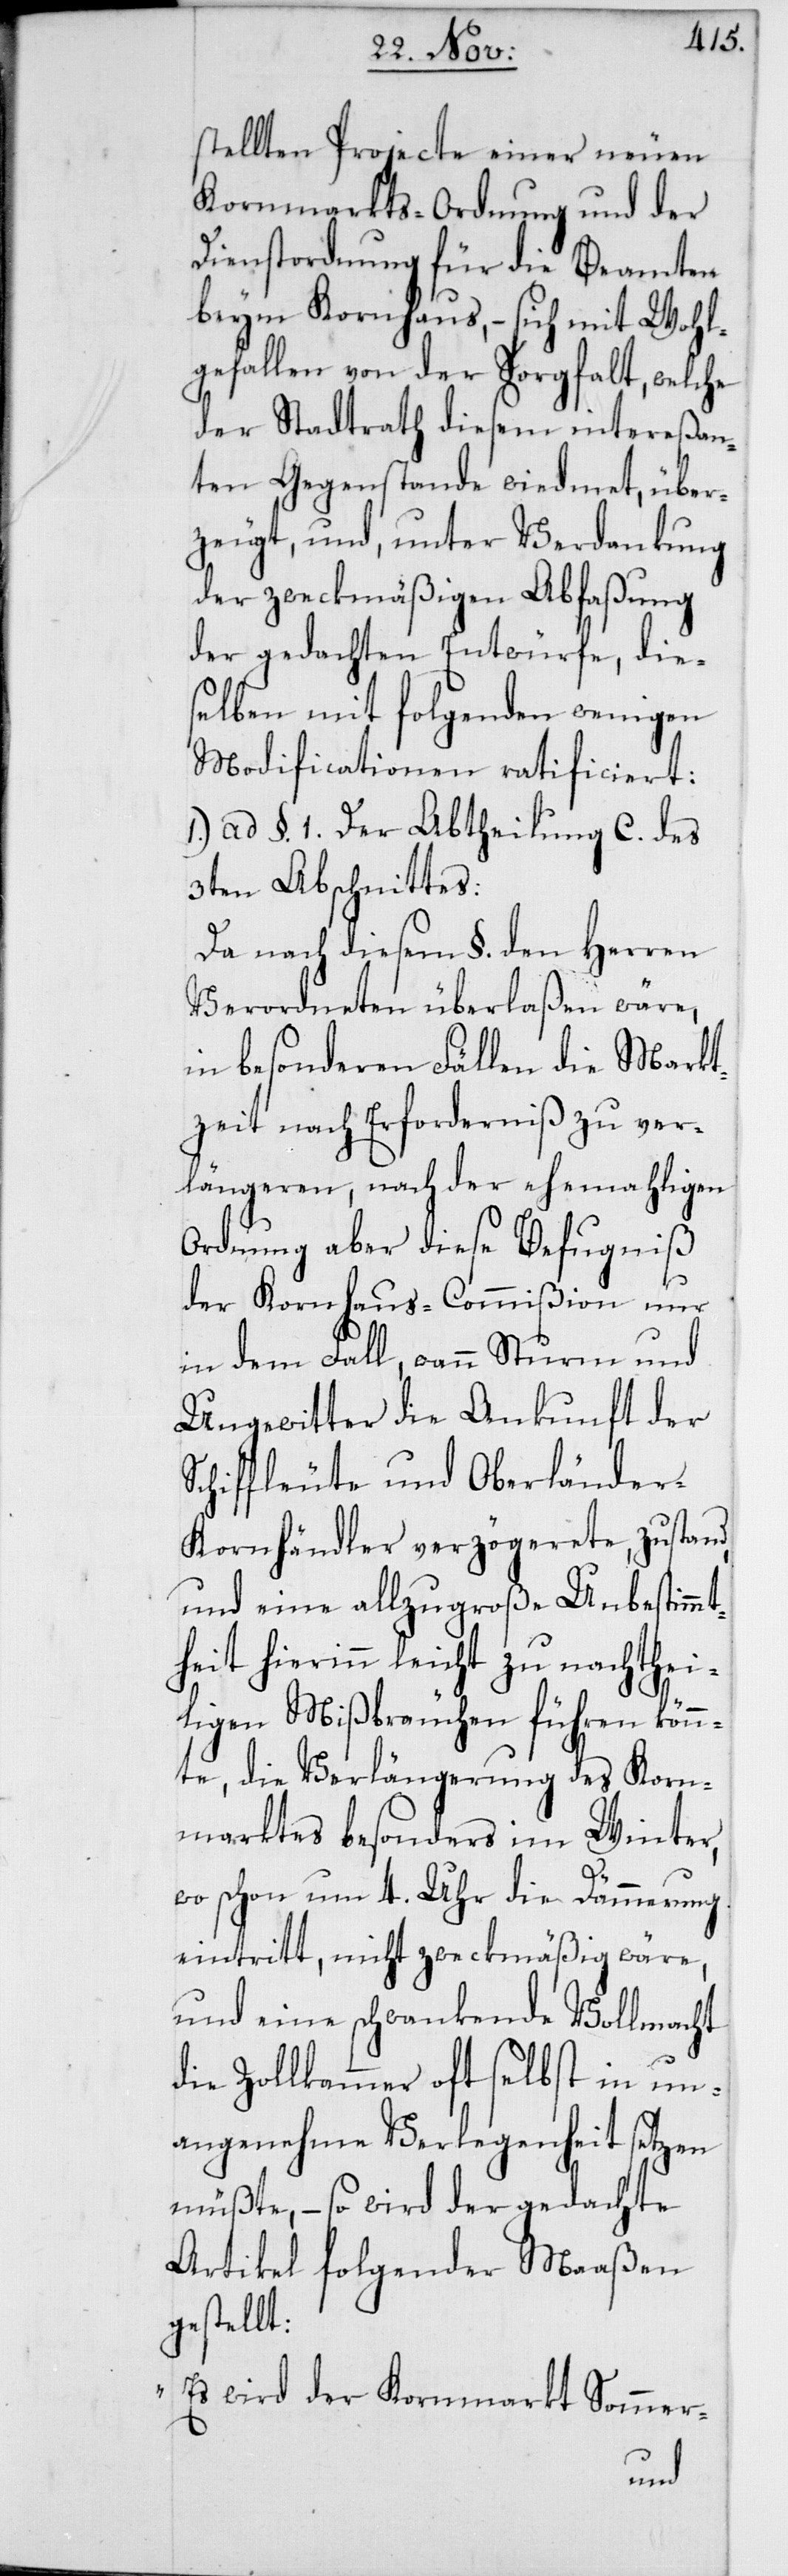
stellten Projecte einer neuen
Kornmarkts-Ordnung und der
Dienstordnung für die Beamten
beym Kornhaus, – sich mit Wohl¬
gefallen von der Sorgfalt, welche
der Stadtrath diesem intereßan¬
ten Gegenstande wiedmet, über¬
zeugt, und, unter Verdankung
der zweckmäßigen Abfaßung
der gedachten Entwürfe, die¬
selben mit folgenden wenigen
Modificationen ratificiert:
1. ad §. 1. Der Abtheilung C. des
3ten Abschnittes:
Da nach diesem §. den Herren
Verordneten überlaßen wäre,
in besonderen Fällen die Markt¬
zeit nach Erforderniß zu ver¬
längeren, nach der ehemahligen
Ordnung aber diese Befugniß
der Kornhaus-Commißion nur
in dem Fall, wann Sturm und
Ungewitter die Ankunft der
Schiffleute und Oberlände¬
r-Kornhändler verzögerete, zustand,
und eine allzugroße Unbestimmt¬
heit hierinn leicht zu nachthei¬
ligen Mißbräuchen führen kön¬
nte, die Verlängerung des Korn¬
marktes besonders im Winter,
wo schon um 4. Uhr die Dämmerung
eintritt, nicht zweckmäßig wäre,
und eine schwankende Vollmacht
die Zollkammer oft selbst in un¬
angenehme Verlegenheit setzen
müßte, – so wird der gedachte
Artikel folgender Maaßen
gestellt:
„Es wird der Kornmarkt Sommer-